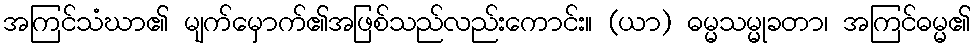
အကြင်သံဃာ၏ မျက်မှောက်၏အဖြစ်သည်လည်းကောင်း။ (ယာ) ဓမ္မသမ္မုခတာ၊ အကြင်ဓမ္မ၏